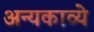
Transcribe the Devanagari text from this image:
अन्यकाव्ये